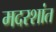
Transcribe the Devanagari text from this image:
मदरशांत